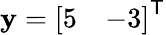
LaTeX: \mathbf{y}={\left[\begin{array}{ll}{5}&{-3}\end{array}\right]}^{\mathsf{T}}